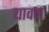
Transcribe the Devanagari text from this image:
यावन